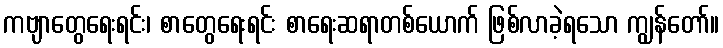
ကဗျာတွေရေးရင်း၊ စာတွေရေးရင်း စာရေးဆရာတစ်ယောက် ဖြစ်လာခဲ့ရသော ကျွန်တော်။